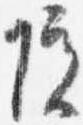
院